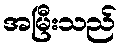
အမြီးသည်